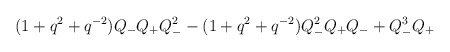
\begin{align*}(1+q^2 + q^{-2} ) Q_- Q_+ Q^2_- - (1 + q^2 + q^{-2} ) Q_-^2 Q_+ Q_-+ Q^3_- Q_+\end{align*}